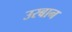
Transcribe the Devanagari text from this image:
उरबान